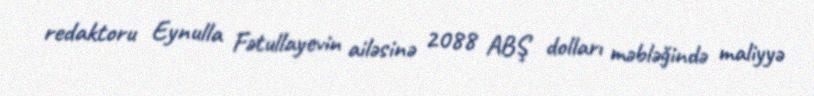
redaktoru Eynulla Fətullayevin ailəsinə 2088 ABŞ dolları məbləğində maliyyə